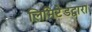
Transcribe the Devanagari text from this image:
लिमिटेडद्वारा